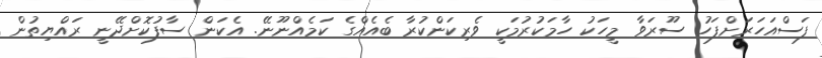
ފަސްއަހަރަށްފަހު ސޫރަވާ މީހަކު ހާމަކުރުމަކީ ވެރިކަންކުރާ ބެއެއްގެ ކަމެއްނޫނޭ. އެކަން ސާފުކޮށްދޭނީ ރައްޔިތުން